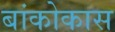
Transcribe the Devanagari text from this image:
बांकोकास